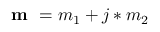
\textbf { m } = m _ { 1 } + j * m _ { 2 }